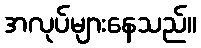
အလုပ်များနေသည်။